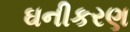
ઘનીકરણ